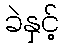
ခဲနှင့်